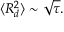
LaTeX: \langle R _ { d } ^ { 2 } \rangle \sim { \sqrt { \tau } } .